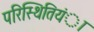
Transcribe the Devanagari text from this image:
परिस्थितियंा